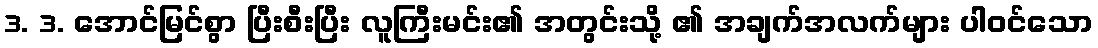
3. 3. အောင်မြင်စွာ ပြီးစီးပြီး လူကြီးမင်း၏ အတွင်းသို့ ၏ အချက်အလက်များ ပါဝင်သော